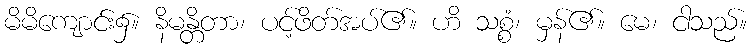
မိမိကျောင်း၌။ နိမန္တိတာ၊ ပင့်ဖိတ်အပ်၏။ ဟိ သစ္စံ၊ မှန်၏။ မေ၊ ငါသည်။